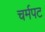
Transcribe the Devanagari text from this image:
चर्मपट